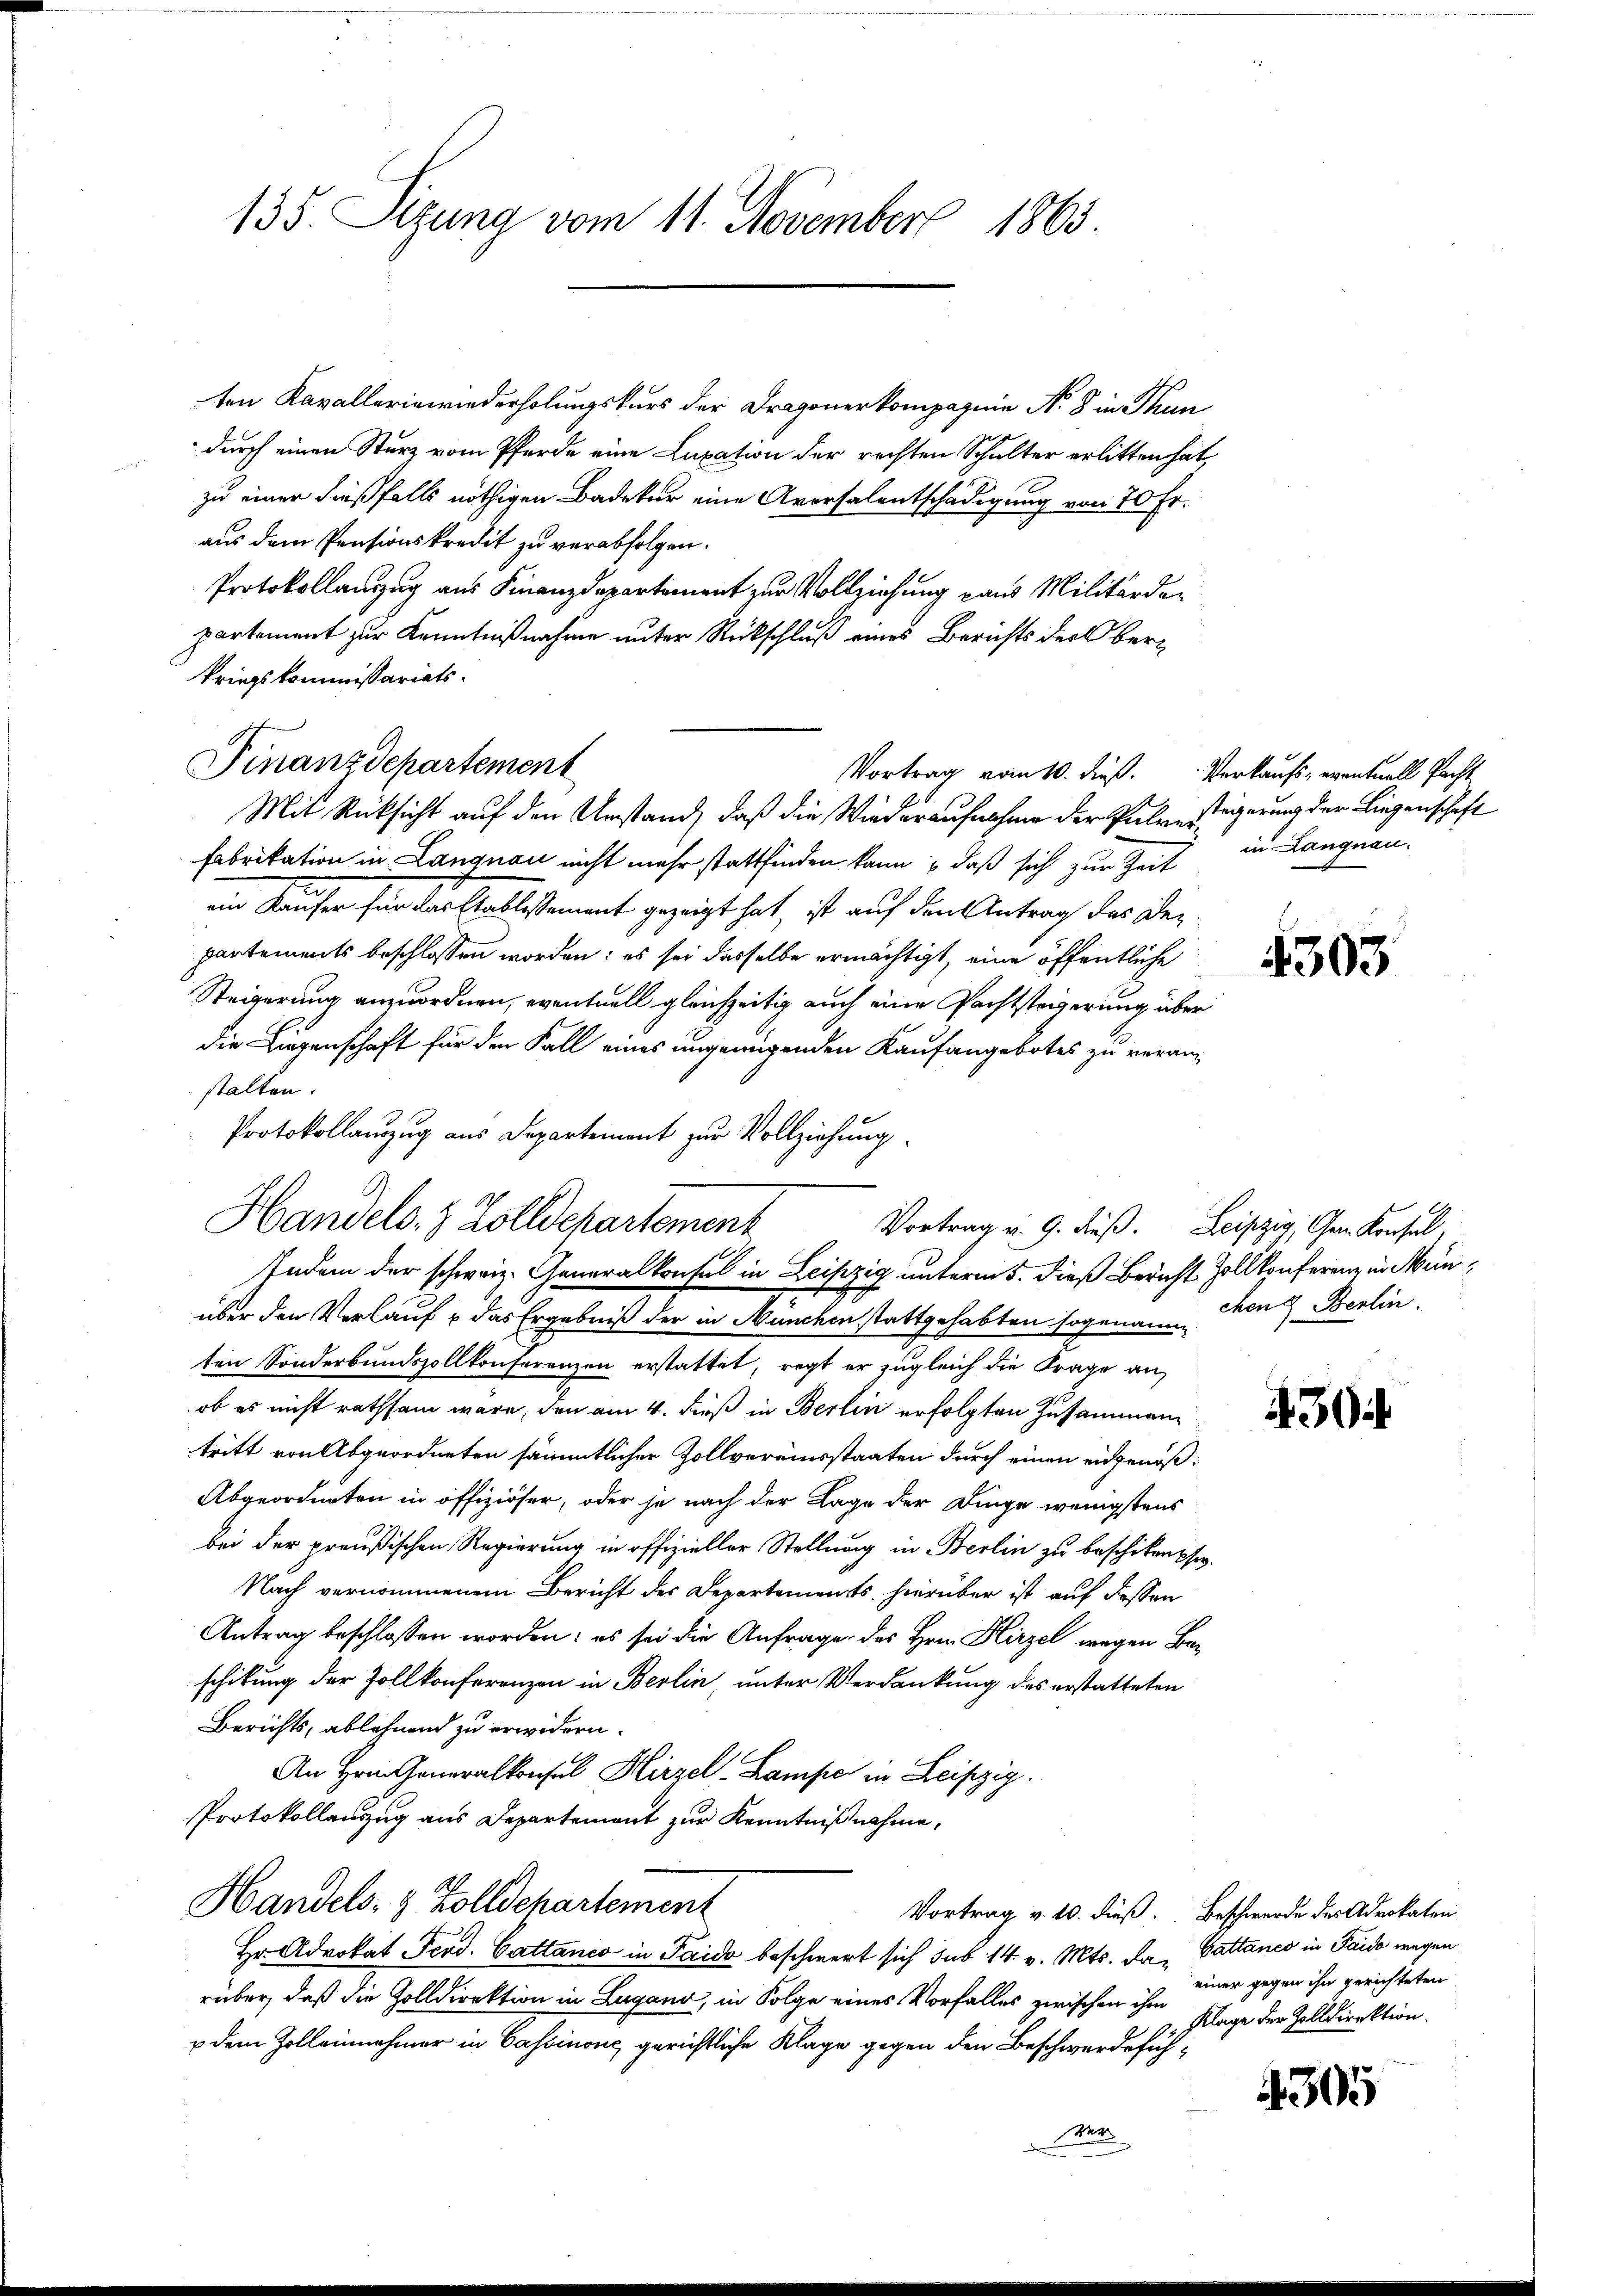
135. Sitzung vom 11. November 1863

ten Kavallerinwiederholungskurs der Dragonerkompagnie No 8 in Thun
durch einen Sturz vom Pferde eine Luxation der rechten Schulter erlitten hat,
zu einer dießfalls nöthigen Badetur eine Aversalentschädigung von 70 Fr.
aus dem Pensionskredit zu verabfolgen.
Protokollanzug aus Finanzdepartement zur Vollziehung aus Militärdepartement zur Kenntnißnahme unter Rückschluß eines Berichts der Oberkriegskommissariats-
Mit Rücksicht auf den Umstand, daß die Wiederaufnahme der Pulvestigerung der Liegenschaft
Fabrikation in Langnau nicht mehr stattfinden kann, daß sich zur Zeit
im Kaufer für der Chablissement gezeigt hat, ist auf den Antrag des Bepartements beschlossen worden; es sei dasselbe ermächtigt, eine öffentliche
Steigerung anzuordnen, eventuell gleichzeitig auch eine Pachtsteigerung über
die Liegenschaft für den Fall eines ungenügenden Kaufangebotes zu veran-
stalten.
Protokollauzug aus Departement zur Vollziehung
Handels- & Zolldepartement
Vortrag v. 9. dieß. Leipzig, Gen. Konsul,
über den Verlauf & das Ergebniß der in München stattgehabten sogenauen Berlin.
ten Sonderbundszollkonferenzen erstattet, regt er zugleich die Frage an
ob es nicht rathsam wäre, den am 4. dieß in Berlin erfolgten Zusammen
tritt von Abgeordneten sämmtlicher Zollvereinsstaaten durch einen eidgenöß¬
Abgeordneten in offiziöser, oder je nach der Lage der Dinge wenigstens
bei der preußischen Regierung in offizieller Stellung in Berlin zu beschiken se
Nach vernommenem Bericht der Departements hierüber ist auf dessen
Antrag beschlossen worden: es sei die Anfrage des Hrn. Hirzel wegen Beschikung der Zollkonferenzen in Berlin, unter Verdankung des erstatteten
Berichts, ablehnend zu erwidern.
An Hrn. Generalkonsul Hirzel Lampe in Leipzig.
Protokollauszug aus Departement zur Kenntnißnahme,
Handels- & Zolldepartement
Vortrag v. 10. dieß. Beschwerde des Advokaten
Hr. Advokat Peod. Cattanco in Paido beschwert sich sub 14. v. Mts. Da, Gattanco in Paido wegen
rüber, daß die Zolldirektion in Lugano, in Folge eines Vorfalles zwischen ihm Klage der Zolldirektion.
u dem Zolleinnehmer in Cassinone gerichtliche Klage gegen den Beschwerdefühder

Finanzdepartement

Indem der schweiz. Generalkonsul in Leipzig unterm 5. dieß Bericht Zollkonferenz in Men¬

Vortrag vom 10. dieß Verkaufs- eventuell Pacht
in Langnau.

4303

30

einer gegen ihn gerichteten

305